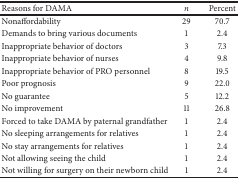
<table><thead><tr><td><b>Reasons for DAMA</b></td><td><b><i>n</i></b></td><td><b>Percent</b></td></tr></thead><tbody><tr><td>Nonaffordability</td><td>29</td><td>70.7</td></tr><tr><td>Demands to bring various documents</td><td>1</td><td>2.4</td></tr><tr><td>Inappropriate behavior of doctors</td><td>3</td><td>7.3</td></tr><tr><td>Inappropriate behavior of nurses</td><td>4</td><td>9.8</td></tr><tr><td>Inappropriate behavior of PRO personnel</td><td>8</td><td>19.5</td></tr><tr><td>Poor prognosis</td><td>9</td><td>22.0</td></tr><tr><td>No guarantee</td><td>5</td><td>12.2</td></tr><tr><td>No improvement</td><td>11</td><td>26.8</td></tr><tr><td>Forced to take DAMA by paternal grandfather</td><td>1</td><td>2.4</td></tr><tr><td>No sleeping arrangements for relatives</td><td>1</td><td>2.4</td></tr><tr><td>No stay arrangements for relatives</td><td>1</td><td>2.4</td></tr><tr><td>Not allowing seeing the child</td><td>1</td><td>2.4</td></tr><tr><td>Not willing for surgery on their newborn child</td><td>1</td><td>2.4</td></tr></tbody></table>